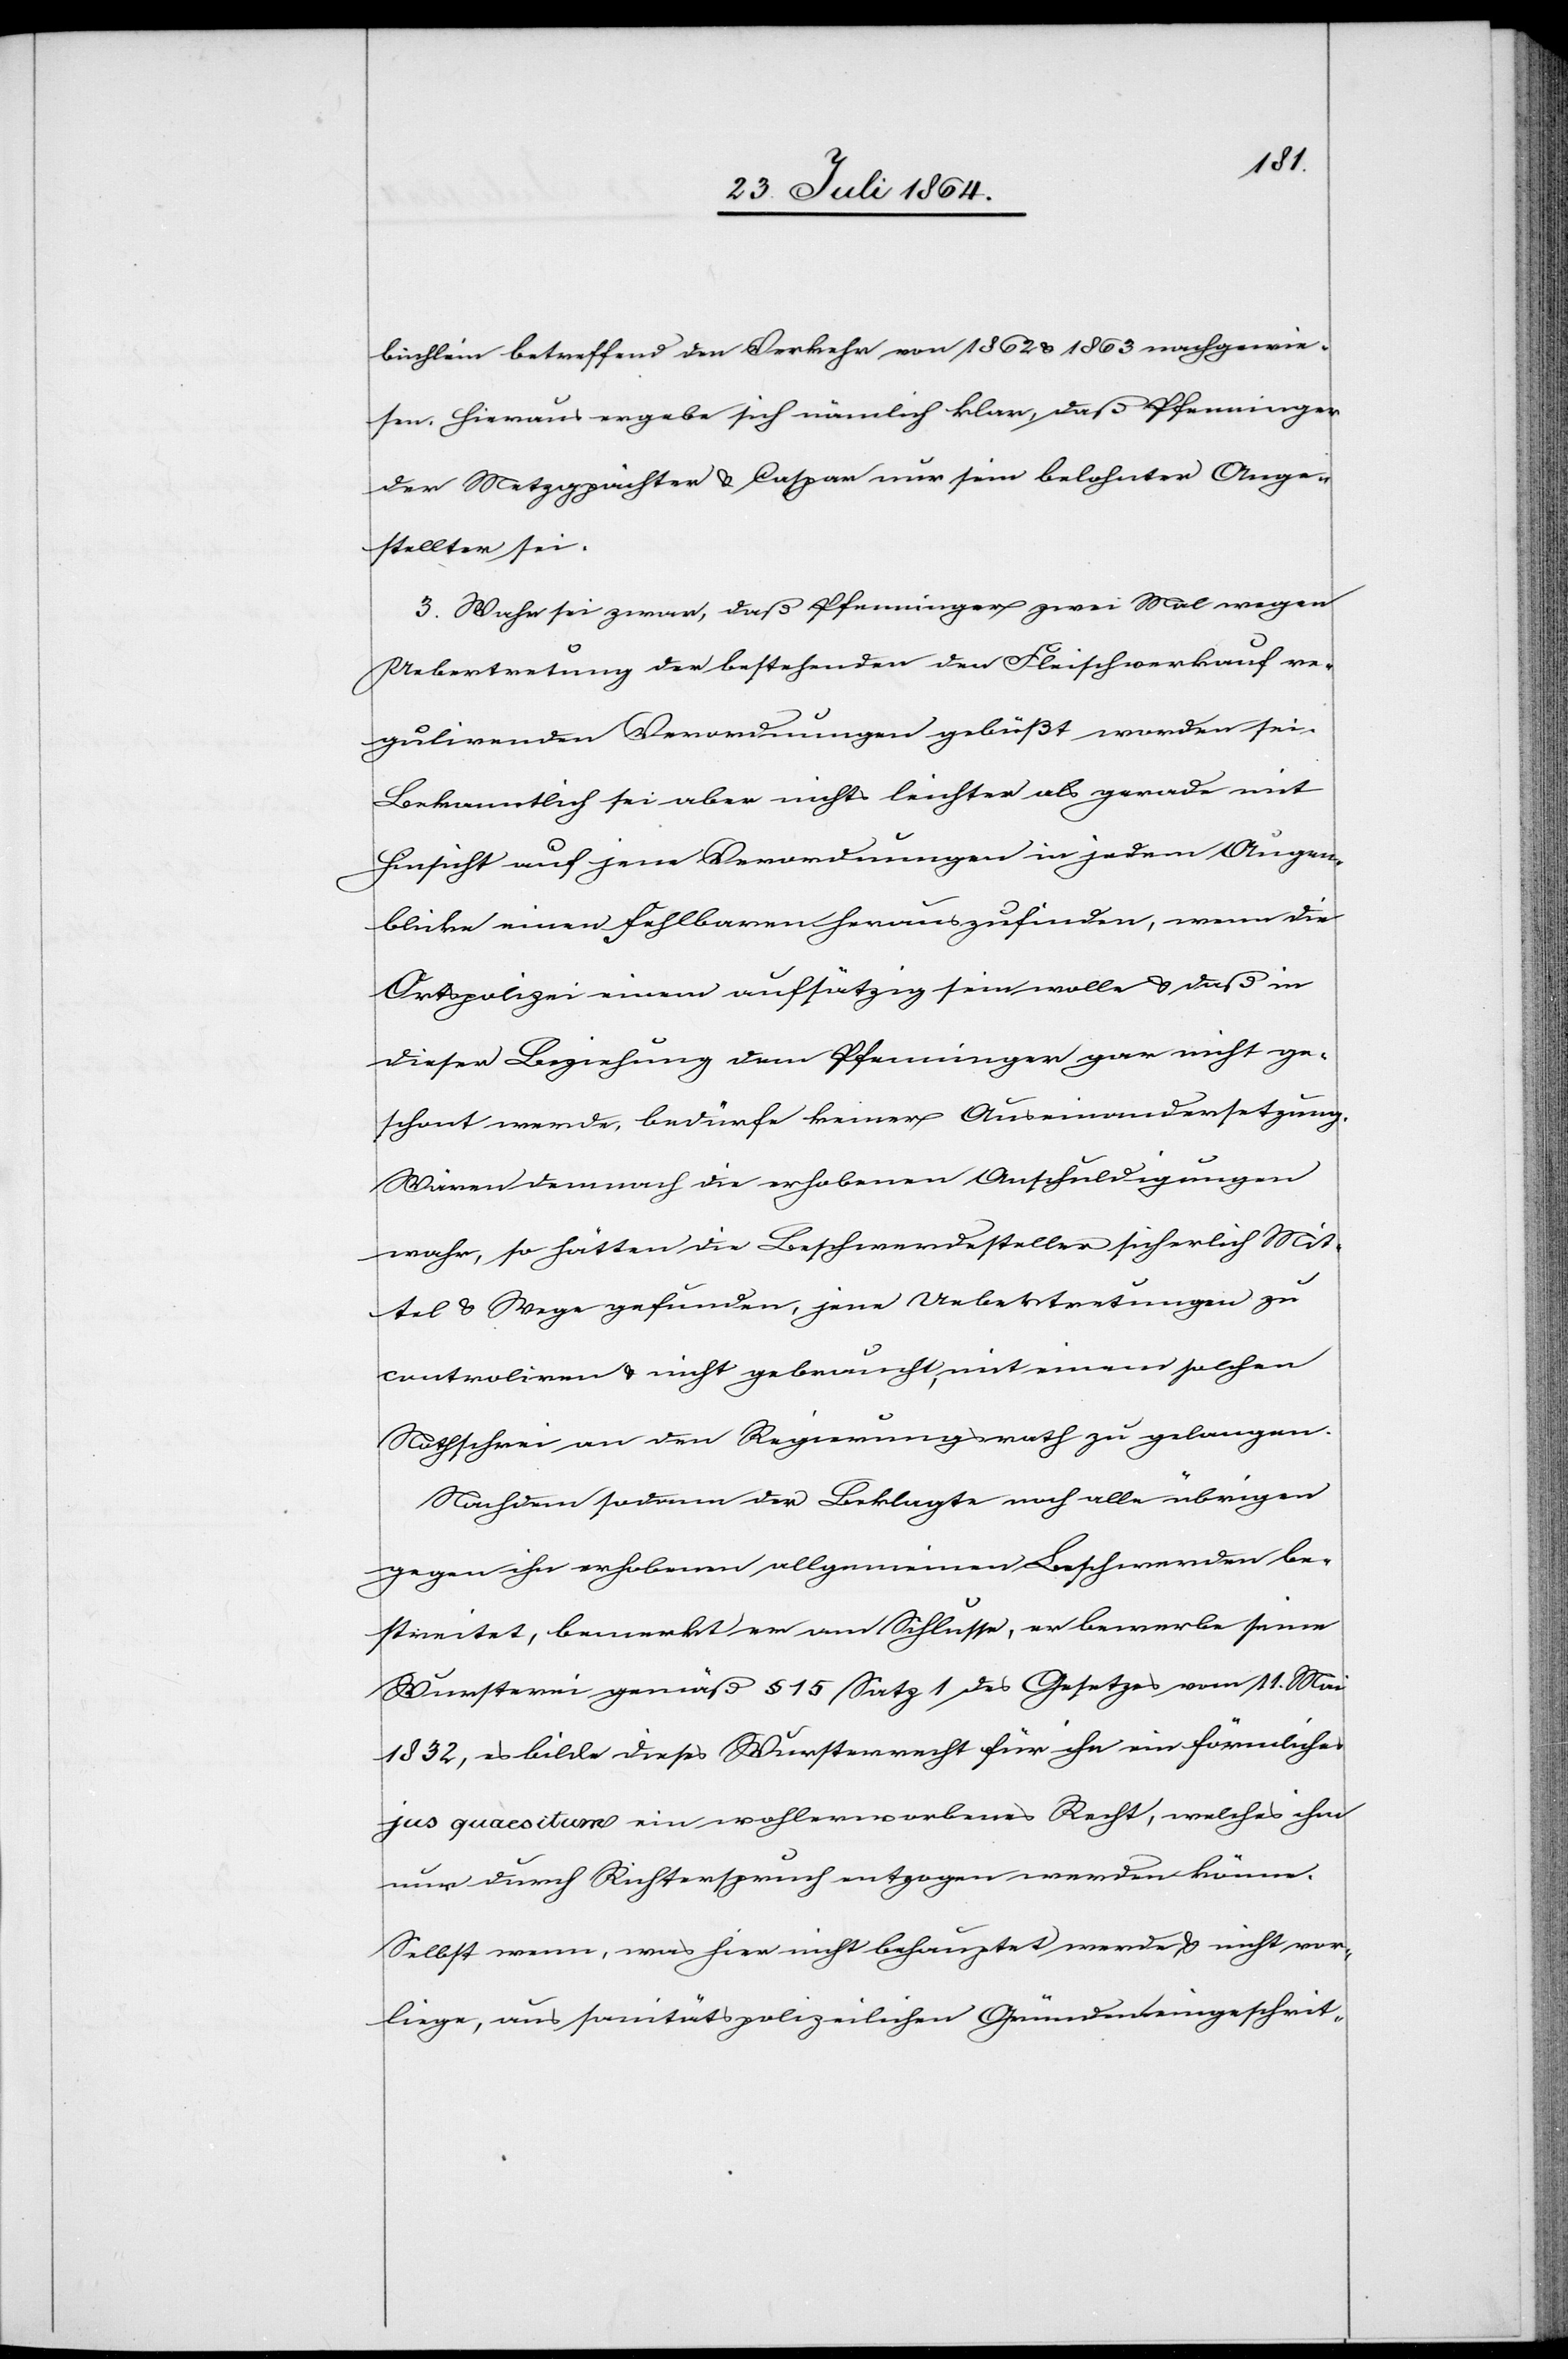
büchlein betreffend den Verkehr von 1862 & 1863 nachgewie¬
sen. Hieraus ergebe sich nämlich klar, daß Pfenninger
der Metzgpächter & Caspar nur sein belohnter Ange¬
stellter sei.
3. Wahr sei zwar, daß Pfenninger zwei Mal wegen
Uebertretung der bestehenden den Fleischverkauf re¬
gulierenden Verordnungen gebüßt worden sei.
Bekanntlich sei aber nichts leichter als gerade mit
Hinsicht auf jene Verordnungen in jedem Ausgen¬
blicke einen Fehlbaren herauszufinden, wenn die
Ortspolizei einem aufsätzig sein wolle & daß in
dieser Beziehung dem [sic!] Pfenninger gar nicht ge¬
schont werde, bedürfe keiner Auseinandersetzung.
Wären demnach die erhobenen Anschuldigungen
wahr, so hätten die Beschwerdesteller sicherlich Mit¬
tel & Wege gefunden, jene Uebertretungen zu
controliren & nicht gebraucht, mit einem solchen
Nothschrei an den Regierungsrath zu gelangen.
Nachdem sodann der Beklagte noch alle übrigen
gegen ihn erhobenen, allgemeinen Beschwerden be¬
streitet, bemerkt er am Schlusse, er bewerbe seine
Wursterei gemäß § 15 Satz 1 des Gesetzes vom 11. Mai
1832, es bilde dieses Wurstereirecht für ihn ein förmliches
jus quaesitum ein wohlerworbenes Recht, welches ihm
nur durch Richterspruch entzogen werden könne.
Selbst wenn, was hier nicht behauptet werde & nicht vor¬
liege, aus sanitätspolizeilichen Gründen eingeschrit-